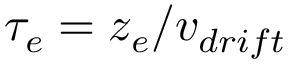
{ \tau _ { e } = z _ { e } / v _ { d r i f t } }